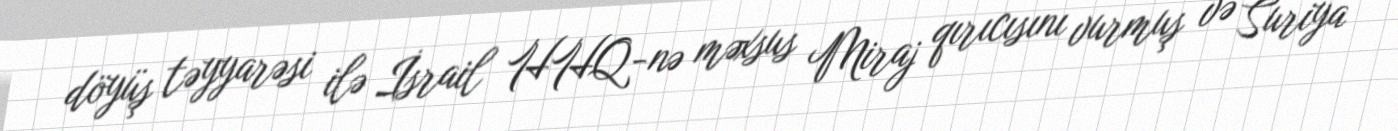
döyüş təyyarəsi ilə İsrail HHQ-nə məxsus Miraj qırıcısını vurmuş və Suriya